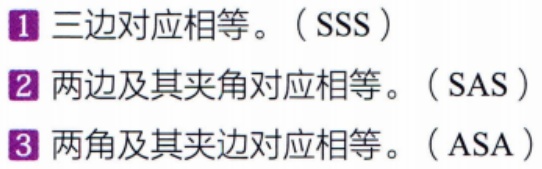
1. 三边对应相等。（SSS）

2. 两边及其夹角对应相等。（SAS）

3. 两角及其夹边对应相等。（ASA）